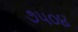
૭૫૦૪